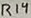
Text: R14